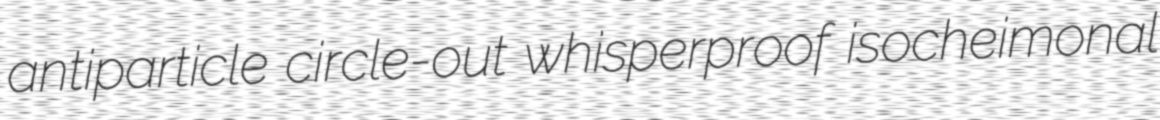
antiparticle circle-out whisperproof isocheimonal